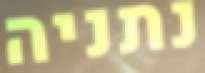
נתניה